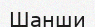
Шанши